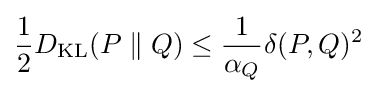
{\frac {1}{2}}D_{\mathrm {KL} }(P\parallel Q)\leq {\frac {1}{\alpha _{Q}}}\delta (P,Q)^{2}